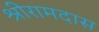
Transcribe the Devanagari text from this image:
श्रीरामदास